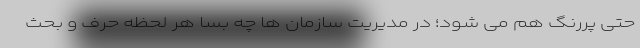
حتی پررنگ هم می شود؛ در مدیریت سازمان ها چه بسا هر لحظه حرف و بحث